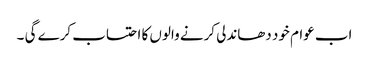
اب عوام خود دھاندلی کرنے والوں کا احتساب کرے گی ۔